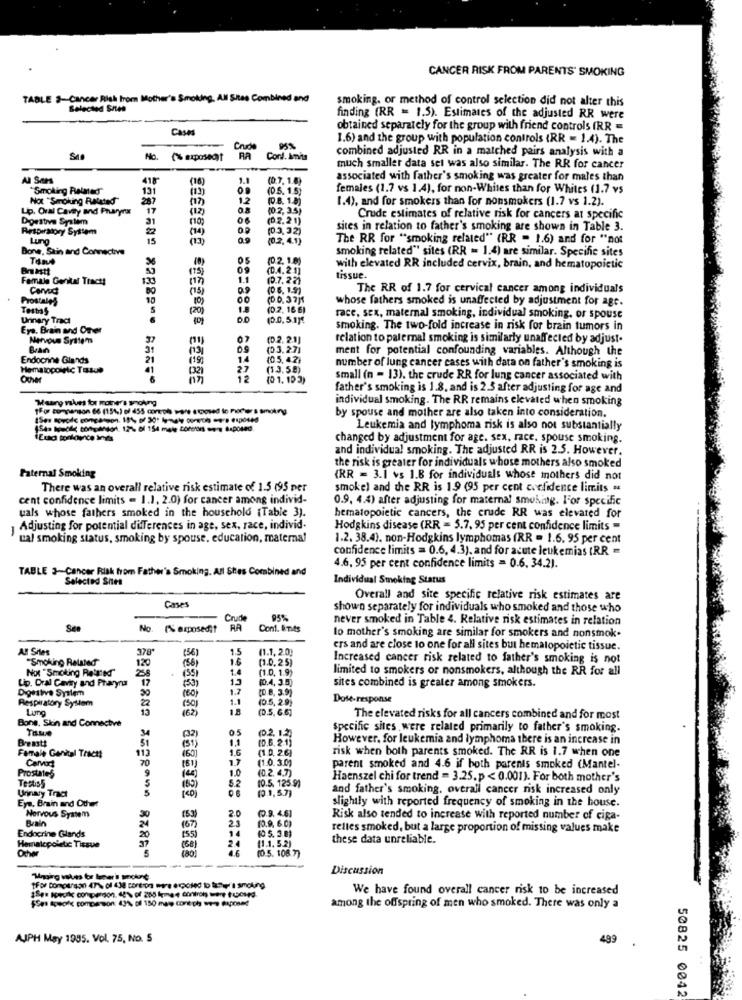
CANCER RISK FROM PARENTS' SMOKING
TABLE S-Cancer Risk from Mother's Smoking, All Sites Combined and
smoking. or method of control selection did not alter this
Selected Sites
finding (RR = 1.5). Estimates of the adjusted RR were
Cases
obtained separately for the group with friend controls (RR =
1.6) and the group with population controls (RR = 1.4). The
Crude
combined adjusted RR in a matched pairs analysis with a
Me.
RA
Conl. Monis
much smaller data set was also similar. The RR for cancer
Al Sars
(16)
1.3
(0.7.1.0)
associated with father's smoking was greater for males than
"Smoking Palmers
131
08
(0.5. 1.5}
females (1.7 vs 1.4), for non-Whites than for Whites (1.7 vs
Not "Serokuing Related"
287
( 17)
12
(D.B. 1.8)
1.4), and for smokers than for nonsmokers (1.7 vs 1.2).
Lip. Oral Cavity and Phuryna
17
(12)
(0.2, 35)
Dortve Syalem
31
06
(0.2.21)
Crude estimates of relative risk for cancers at specific
Respiratory System
(14)
(0.3.32)
sites in relation to father's smoking are shown in Table 3.
Lung
(0.2.4.1)
The RR for "smoking related" (RR = 1.6) and for "not
Bone, Stin and Connective
smoking related" sites (RR = 1.4) are similar. Specific sites
05
(0.2. 1.8)
Bnastt
(15)
09
(D.4. 2 1]
with elevated RR included cervix, brain, and hematopoictic
Female Genital Tractt
1.1
(0.7.22)
tissue.
Conved
(13)
(0 6, 19)
The RR of 1.7 for cervical cancer among individuals
Prostales
10
10 )
00
(D.0.37]1
whose fathers smoked is unaffected by adjustment for age.
TestsS
S
(20)
1.8
(0.2. 16 6)
Urinary Tract
6
(0.0.5.1]!
race, sex, maternal smoking, individual smoking, or spouse
Eye, Brain and Other
smoking. The two-fold increase in risk for brain tumors in
Nervous System
37
(02. 2.1]
relation to palemal smoking is similarly unaffected by adjust.
Bran
31
(03.27)
ment for potential confounding variables. Although the
Endocrine Glands
21
(19)
1.4
(0.5.42)
Hematopolec Tasue
(32)
2.7
(33.58)
number of lung cancer cases with data on father's smoking is
Other
12
(0 1.193)
small (n = 13). the crude RR for lung cancer associated with
father's smoking is 1.8, and is 2.5 after adjusting for age and
Maury nkes for mothers smoking
individual smoking. The RR remains elevated when smoking
"For companion 66 (15%) of 455 coreph wwe emoved to Peerers smoking.
by spouse and mother are also taken into consideration.
Leukemia and lymphoma risk is also not substantially
Ema tonkovice inds
changed by adjustment for age. sex, race, spouse smoking.
and individual smoking. The adjusted RR is 2.5. However.
the risk is greater for individuals whose mothers also smoked
Paternal Smoking
(RR = 3.1 vs 1.8 for individuals whose mothers did not
There was an overall relative risk estimate of 1.5 (95 per
smokel and the RR is 1.9 (95 per cent confidence limits =
cent confidence limits - 1.1. 2.0) for cancer among individ-
0.9. 4.4) after adjusting for maternal smoking. l'or specific
uals whose fathers smoked in the household (Table 3).
hematopoietic cancers, the crude RR was elevared for
Adjusting for potential differences in age, sex, race, individ.
Hodgkins disease (RR = 5.7, 95 per cent confidence limits =
ual smoking status, smoking by spouse, education, maternal
1.2. 38.4). non-Hodgkins lymphomas (RR = 1.6. 95 per cent
confidence limits = 0.6, 4.3), and for acute leukemias (RR =
TABLE 3-Cancer Risk from Father's Smoking. All Stes Combined and
4.6. 95 per cent confidence limits = 0.6. 34.2).
Selected Sites
Individual Smoking Status
Cases
Overall and site specific relative risk estimates are
shown separately for individuals who smoked and those who
Crude
95%
never smoked in Table 4. Relative risk estimates in relation
See
No. (% exposedit
RA
Cont. Imes
lo mother's smoking are similar for smokers and nonsmok.
AH Sites
378
1.5
(1.1. 2.0)
ers and are close to one for all sites but hematopoietic tissue.
"Smoking Related"
(56)
1.6
[1.0.25)
Increased cancer risk related to father's smoking is not
Not "Smoking Rained
120
(1.0. 1.9)
limited to smokers or nonsmokers, although the RR for all
Lip. Oral Cavity and Pharyru
17
13
(0.4. 3.5)
sites combined is greater among smokers.
Digestive System
(53)
1.7
(D.8. 3.9)
Respiratory System
2
(60)
1.1
(0.5. 2.9)
Dose-response
Lung
(50)
(62)
(0.5. 6.6]
Bons, Skin and Connective
The elevated risks for all cancers combined and for most
34
05
(0.2. 1.2]
specific sites were related primarily to father's smoking.
Breastt
(32)
1.1
(0.6. 2.1)
However, for leukemia and lymphoma there is an increase in
113
(31)
1.6
(1.0, 26]
risk when both parents smoked. The RR is 1.7 when one
Female Genital Tractt
70
(50)
17
(1.0. 3.0)
Prostates
(81)
1.0
(0.2. 4.7)
parent smoked and 4.6 if both parents smoked (Mantel-
Testis5
52
10.5. 125.9)
Haenszel chi for trend = 3.25. p < 0.001). For both mother's
Unnary Tract
5
(83)
1 401
and father's smoking, overall cancer risk increased only
Eye, Brain and Other
(0.1,5.7)
slightly with reported frequency of smoking in the house.
(53)
(.9. 4.6]
Nervous System
2.0
2.3
(0.9. 6.0)
Risk also tended to increase with reported number of ciga-
Endocrine Glands
24
167)
14
(0 5. 3.81
relles smoked, but a large proportion of missing values make
37
20
[55)
(1.1. 5.2)
these data unreliable.
Hemalcpoletic Tissue
Other
(68)
4.6
(0.5. 108.7)
---
Discussion
We have found overall cancer risk to be increased
$Ses Speof comperson: 431, of 150 maw coreph we -. exposed
among the offspring of men who smoked. There was only a
AJPH May 1985. Vol. 75, No. 5
499
50825 0042